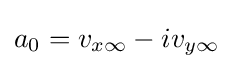
a_{0}=v_{x\infty }-iv_{y\infty }